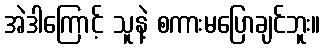
အဲဒါကြောင့် သူနဲ့ စကားမပြောချင်ဘူး။